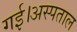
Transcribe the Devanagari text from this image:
गई।अस्पताल